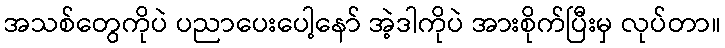
အသစ်တွေကိုပဲ ပညာပေးပေါ့နော် အဲ့ဒါကိုပဲ အားစိုက်ပြီးမှ လုပ်တာ။